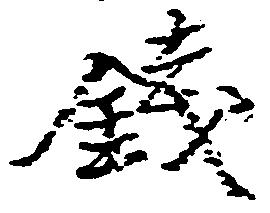
銭